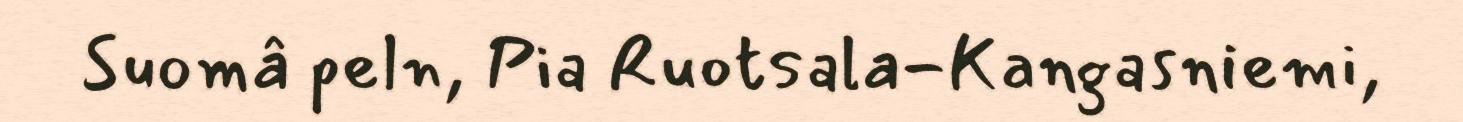
Suomâ peln, Pia Ruotsala-Kangasniemi,